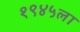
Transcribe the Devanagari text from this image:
१९४५ला